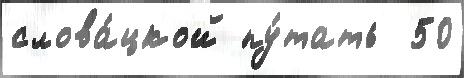
слова́цкой пу́тать  50